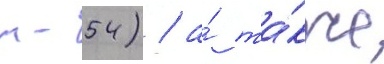
т-54) / а́ та́кже